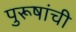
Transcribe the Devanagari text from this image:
पुरूषांची